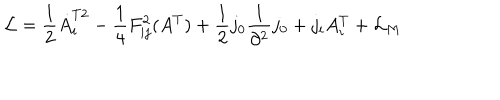
LaTeX: { \cal L } = \frac { 1 } { 2 } \dot { A } _ { i } ^ { T 2 } - \frac { 1 } { 4 } F _ { i j } ^ { 2 } ( A ^ { T } ) + \frac { 1 } { 2 } j _ { 0 } \frac { 1 } { \partial ^ { 2 } } j _ { 0 } + j _ { i } A _ { i } ^ { T } + { \cal L } _ { M }